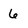
Character: 6